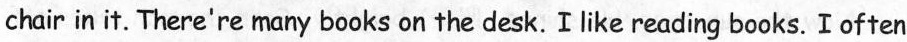
chair in it. There're many books on the desk. I like reading books. I often